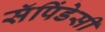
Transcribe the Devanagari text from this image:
सॅपिंडेसी